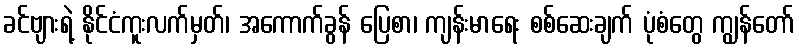
ခင်ဗျားရဲ့ နိုင်ငံကူးလက်မှတ်၊ အကောက်ခွန် ပြေစာ၊ ကျန်းမာရေး စစ်ဆေးချက် ပုံစံတွေ ကျွန်တော်